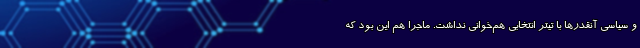
و سیاسی آنقدرها با تیتر انتخابی هم‌خوانی نداشت. ماجرا هم این بود که